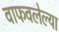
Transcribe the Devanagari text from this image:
वाफवलेल्या